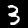
Digit: 3